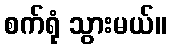
စက်ရုံ သွားမယ်။